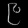
Digit: ၉